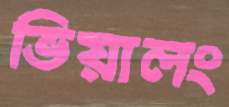
ভিয়ালং